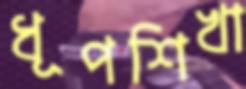
ধূপশিখা